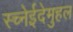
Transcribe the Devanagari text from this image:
स्च्नेईदेमुहल